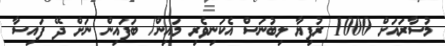
މުސާރައަށް 1000 ރުފިޔާ ލިބުނަސް އެކަނިވެރި މައިން/ ބަފައިން ނަށް ދޭ ފައިސާ